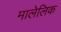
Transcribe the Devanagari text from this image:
मालेलिक